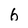
Character: 6